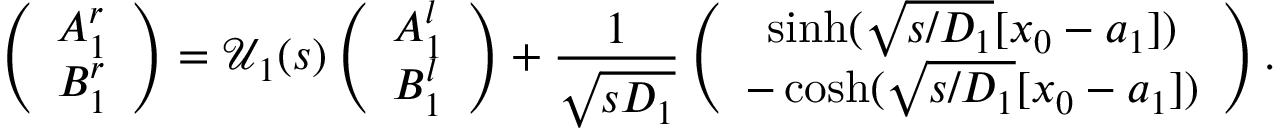
\left( \begin{array} { c } { A _ { 1 } ^ { r } } \\ { B _ { 1 } ^ { r } } \end{array} \right) = { \mathcal U } _ { 1 } ( s ) \left( \begin{array} { c } { A _ { 1 } ^ { l } } \\ { B _ { 1 } ^ { l } } \end{array} \right) + \frac { 1 } { \sqrt { s D _ { 1 } } } \left( \begin{array} { c } { \sinh ( \sqrt { s / D _ { 1 } } [ x _ { 0 } - a _ { 1 } ] ) } \\ { - \cosh ( \sqrt { s / D _ { 1 } } [ x _ { 0 } - a _ { 1 } ] ) } \end{array} \right) .